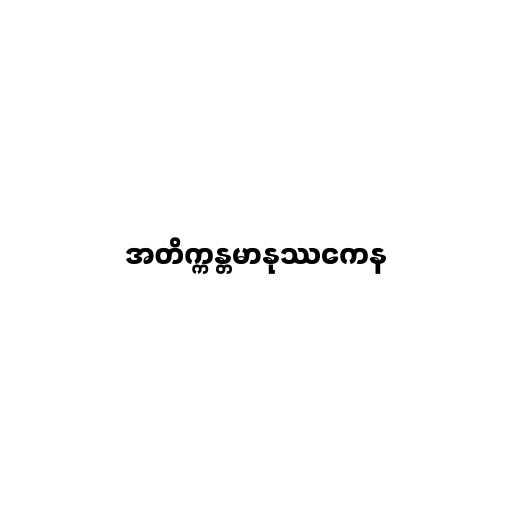
အတိက္ကန္တမာနုဿကေန